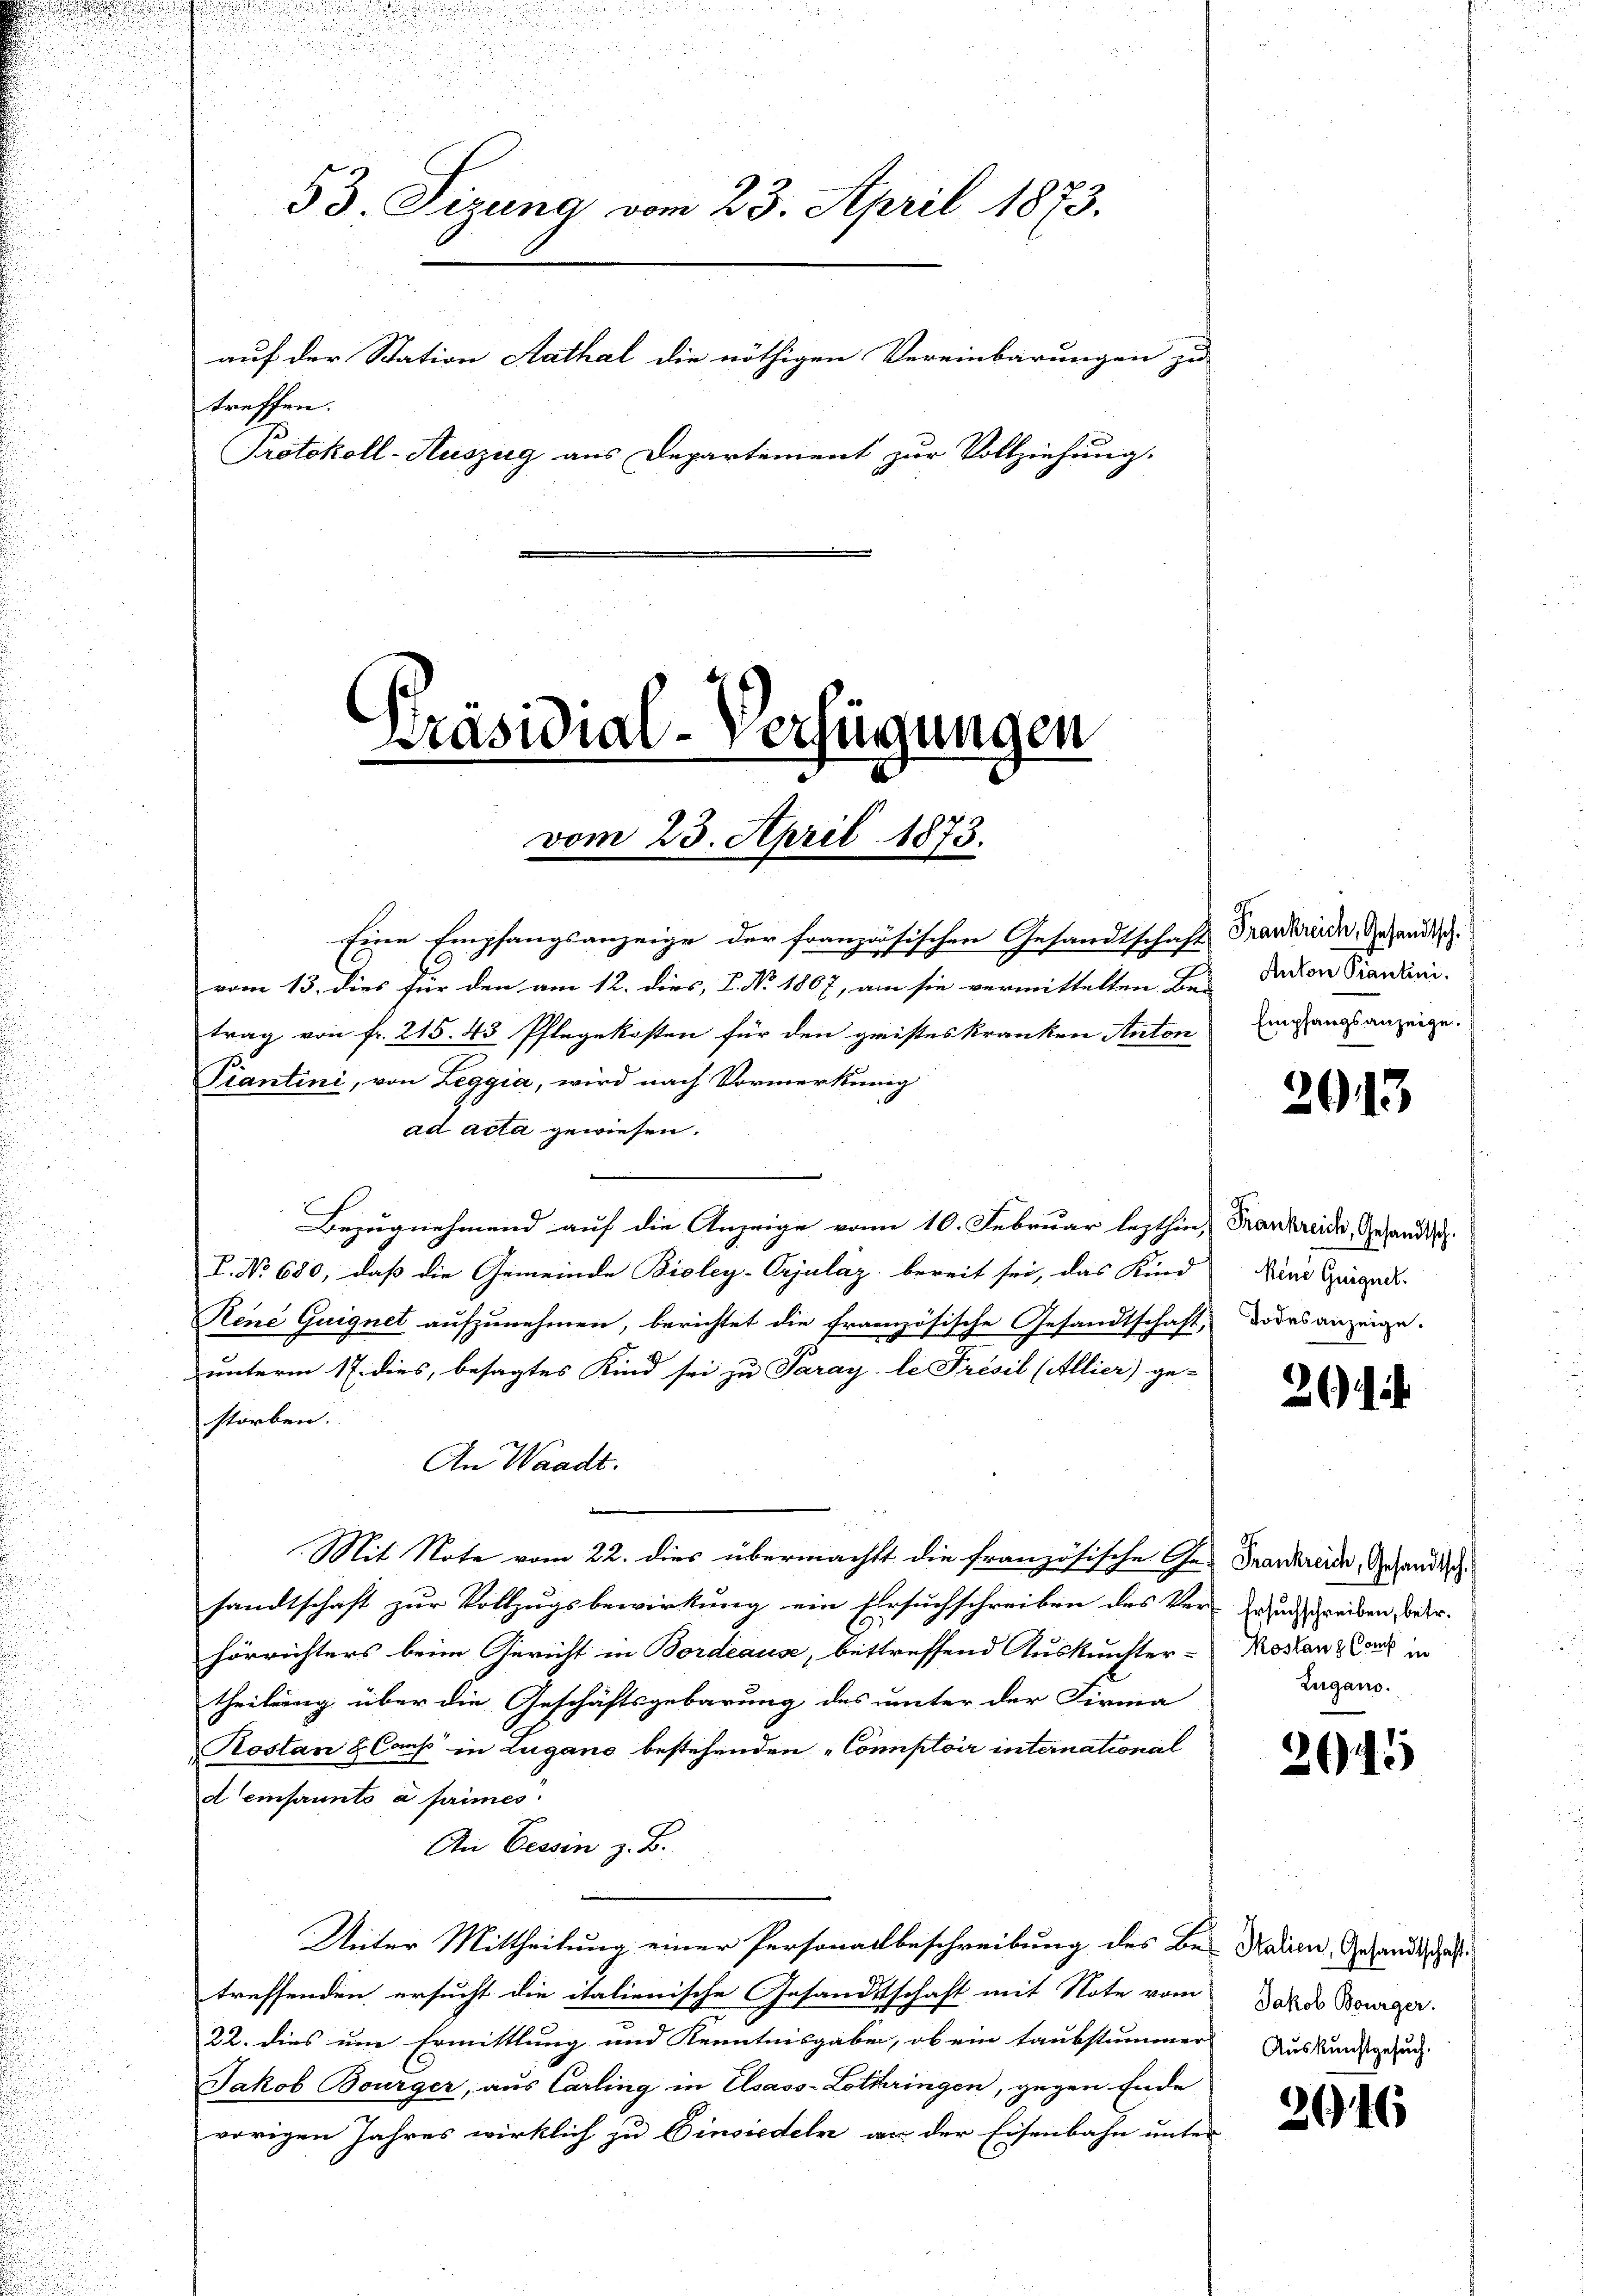
u

53. Tizung vom 23. April 1873.
auf der Station Aathal die nöthigen Vereinbarungen zu
treffen.
Protokoll-Auszug aus Departement zur Vollziehung.

Präsidial-Verfügungen

vom 23. April 1873.

Eine Empfangsanzeige der französischen Gesandtschaft
vom 13. dies für den am 12. dies, 2. No. 1867, am sie vermittelten. Bei |
trag von fr. 215. 43 Pflegekosten für den gristes kranken Anton
Tiantini, von Zeggia, wird nach Vormerkung
ad acta gewiesen.
Bezugnehmend auf die Anzeige vom 10. Februar lezthin, Frankreide, Gesandts
I. No 680, daß die Gemeinde Bioley-Crjulaz bereit sei, das Kind Wind Guigad
Rene Guignet aufzunehmen, berichtet die französische Gesandtschaft, dores anzeige.
unterm 17. dies, besagtes Kind sei zu Paray, le Présil (Allier) ge-
storben.
An Waadt.
Mit Note vom 22. dies übermacht die französische Ge- Frankreide, Gesandts
sandtschaft zur Vollzugsbewirkung ein Ersuchschreiben des Ver-Grundschreiben war.
hörrichters beim Gericht in Bordeause, bettreffend Auskunfter-
theilung über die Geschäftsgebärung des unter der Firma
Rostan & Caus in Lugano bestehenden „Comptoir international
d emprunto a primes.
An Eessin z. B.
Unter Mittheilung einer Personallbeschreibung des Be- Namen, Gesandtschaf
treffenden ersucht die italienische Gesandtschaft mit Note vom
22. dies um Ermittlung und Kenntnisgaben, ob ein taubstummers Auskunstgesund
Jakob Bourger, aus Carling in Elsass-Lothringen, gegen Ende
vorigen Jahres wirklich zu Einsiedeln an der Eisenbahn unter

Frankreich, Gesandtsch.
Anton Piantini.
Empfangsanzeige.

2013

26) di

Kostanz Comt in
Zeigano.

2645

Jakob Bourger.

2046